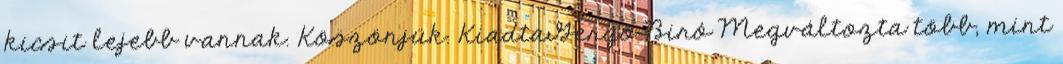
kicsit lejebb vannak. Köszönjük. KiadtaGergő Biró Megváltozta több, mint